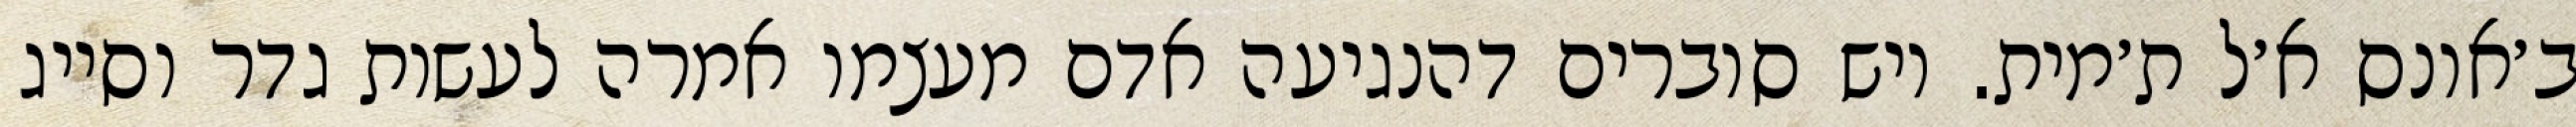
ב׳אונס א׳ל ת׳מית. ויש סוברים דהנגיעה אדם מעצמו אמרה לעשות גדר וסייג